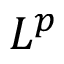
L ^ { p }